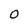
Character: 0